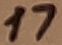
Text: 17